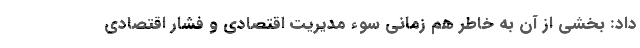
داد: بخشی از آن به خاطر هم زمانی سوء مدیریت اقتصادی و فشار اقتصادی